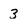
Character: 3